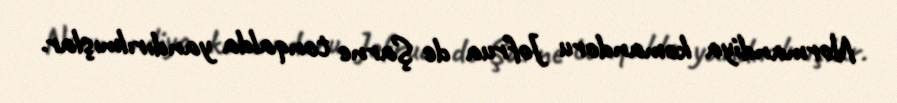
Normandiya komandoru Jofrua de Şarne tonqalda yandırılmışlar.